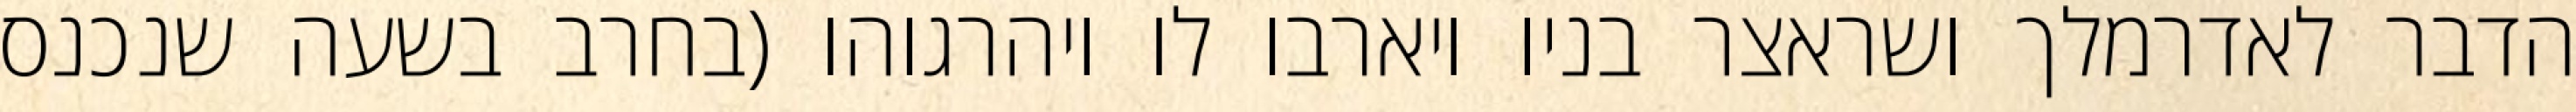
הדבר לאדרמלך ושראצר בניו ויארבו לו ויהרגוהו (בחרב בשעה שנכנס